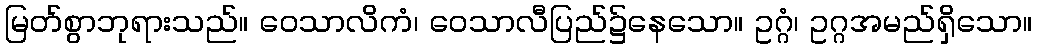
မြတ်စွာဘုရားသည်။ ဝေသာလိကံ၊ ဝေသာလီပြည်၌နေသော။ ဥဂ္ဂံ၊ ဥဂ္ဂအမည်ရှိသော။